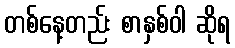
တစ်နေ့တည်း စာနှစ်ဝါ ဆိုရ